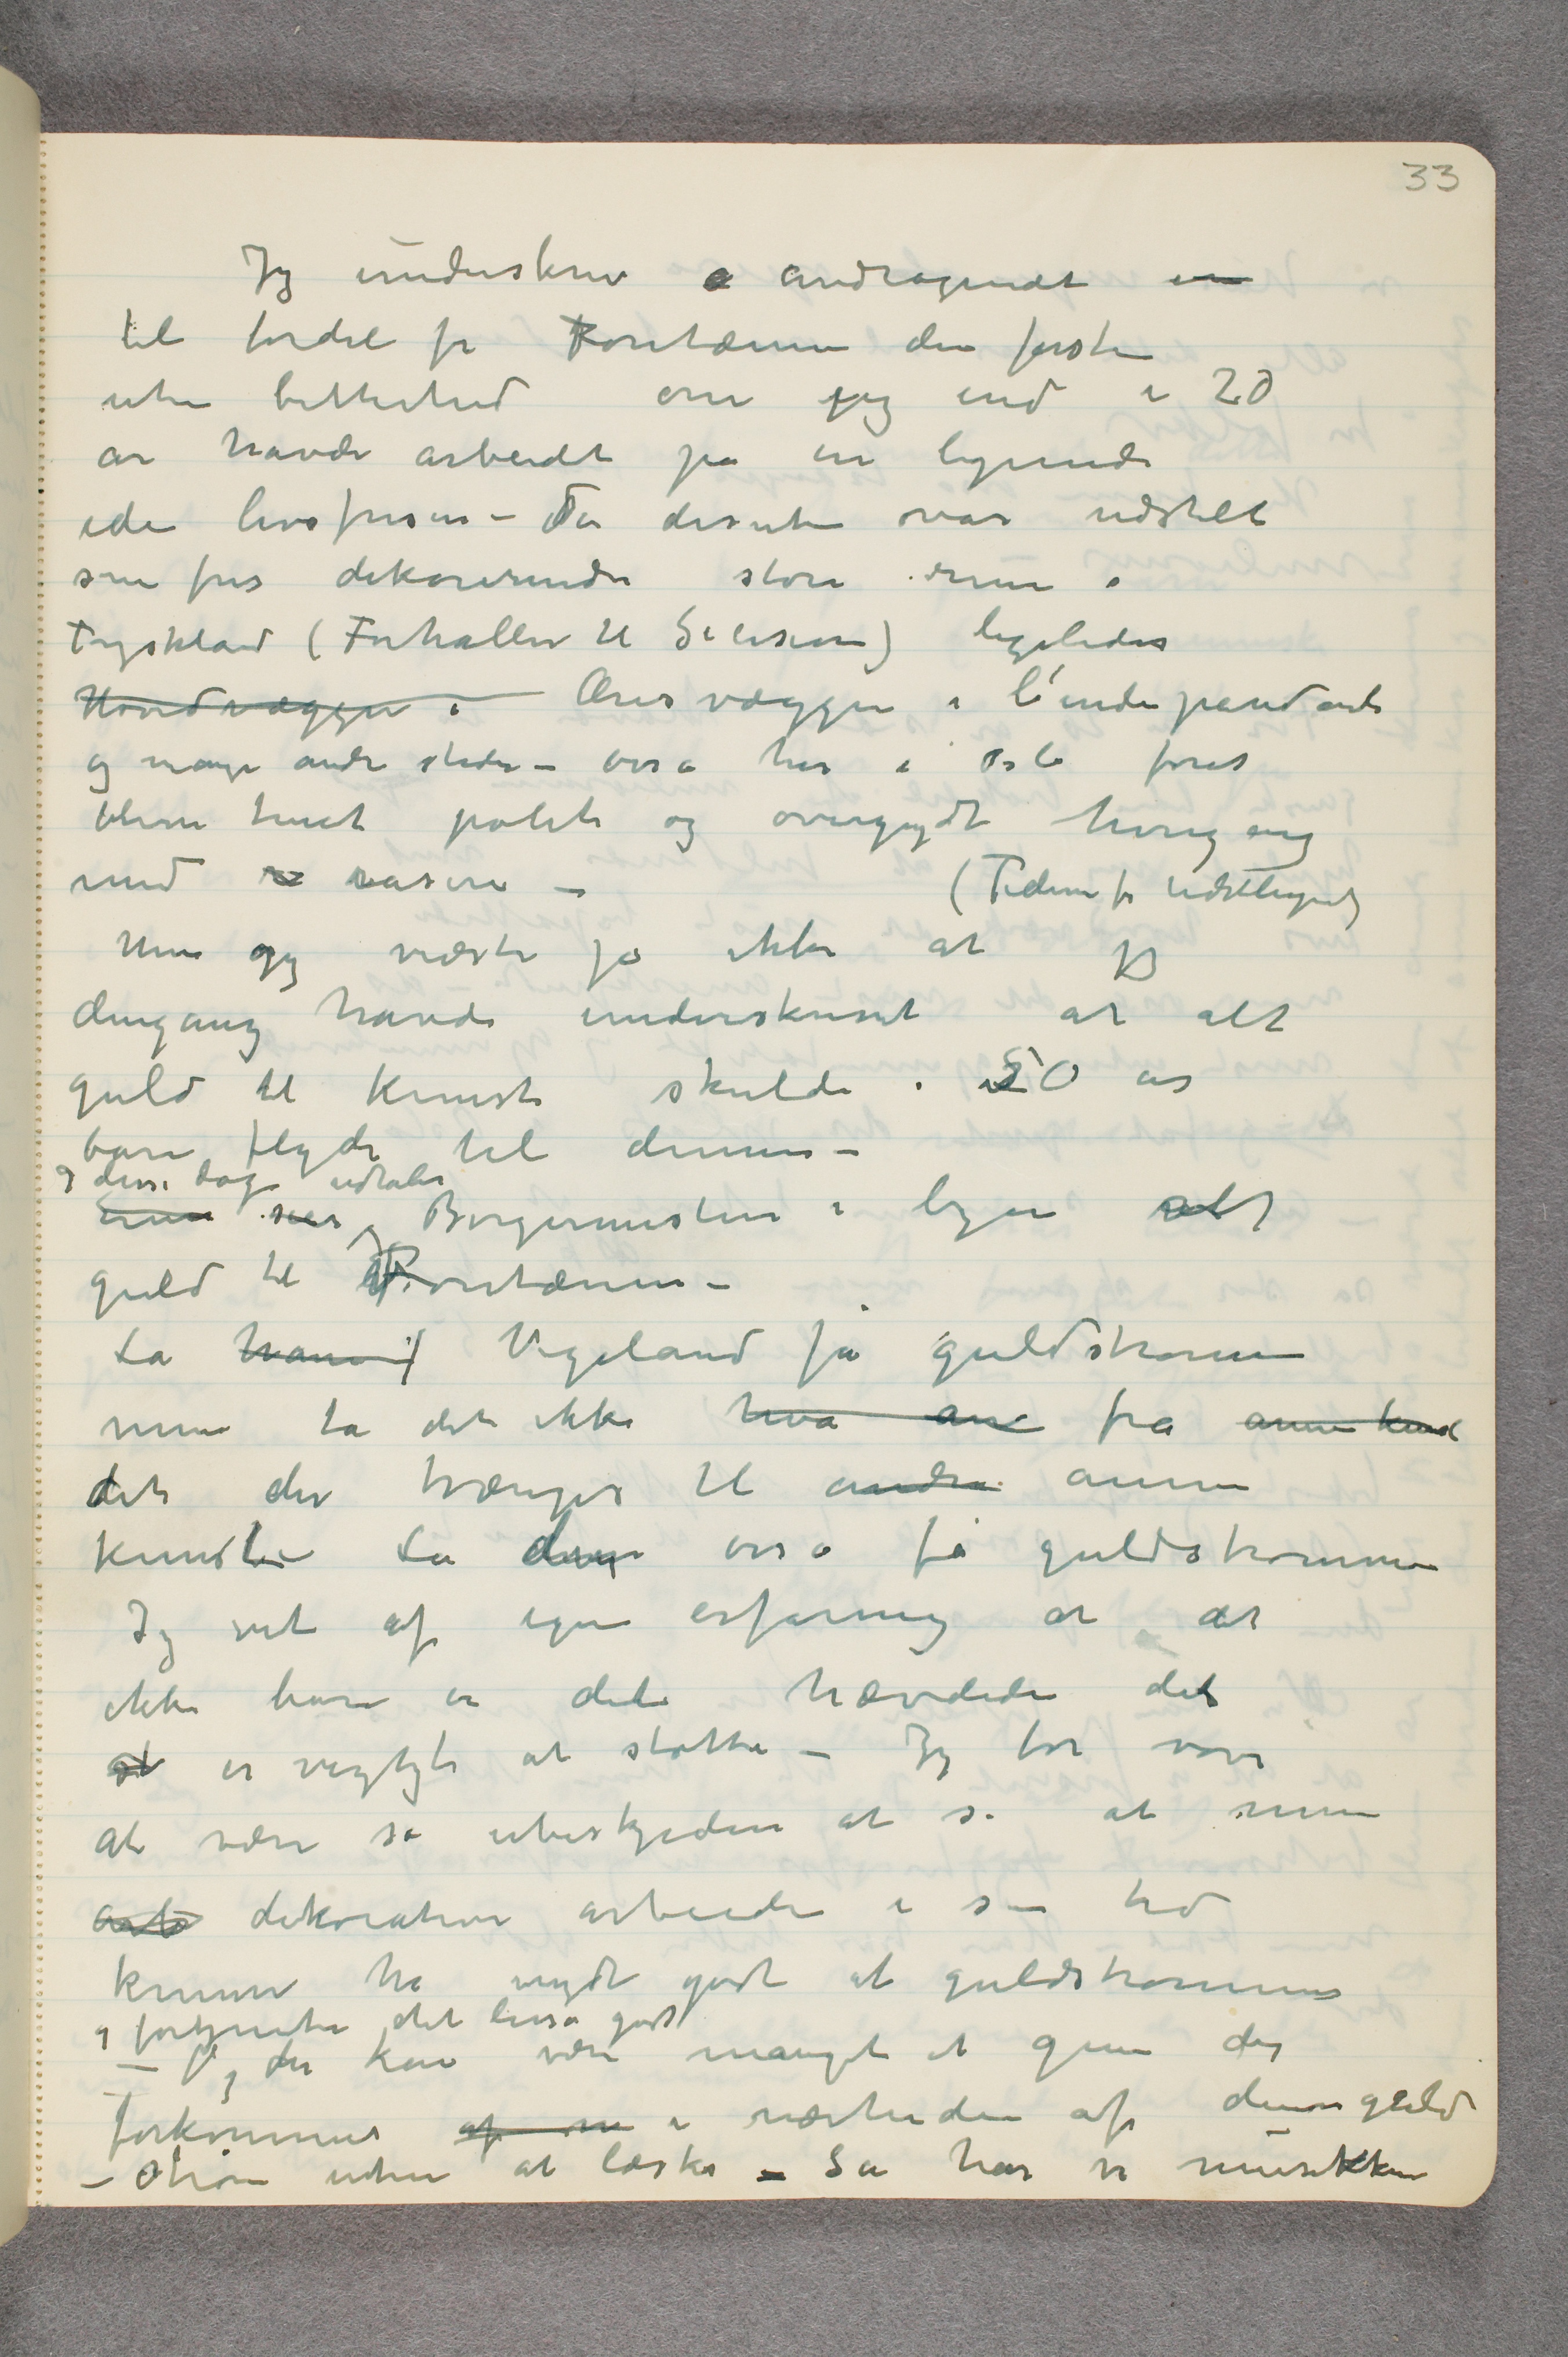
Jeg underskrev  …  andtagendet om
til fordel for Fontænen den første
uten bitterhed om jeg end i 20
år havde arbeidet på en lignende
ide livsfrisen – Der desuten var udstilt
som fris dekorerende store rum i
Tyskland (Forhallen til Secesion) ligeledes
Hovedvæggen i Æresvæggen i l’independante
og mange andre steder – osså her i Oslo forat
bleven truet politi og overgydt hvergang
med  …  raseri –      (Tiden for udstillinger)
Men jeg vidste jo ikke at jeg
dengang havde underskrevet at alt
guld til kunst skulde i 50 år
bare flyde til denne –
Ennu sier og disse dager udtaler Borgermesteren i byen alt
guld til Fontænen –
La ham f Vigeland få guldstrømmen
men ta det ikke hva an fra annen kunst
det der trænges til andre annen
kunst – La disse osså få guldstrømmer
Jeg vet af egen erfaring at det
ikke bare er det hævdede det
 …  er vigtigt at støtte – Jeg tør vove
at være så ubeskjeden at si at mine
arb dekorative arbeider i sin tid
kunne ha nydt godt at guldstrømmer
og fortjente det lisså godt
– Og der kan være mangt at give der
forekommer af m i nærheden af denne guld-
strøm uten at læske – Så har vi musikken